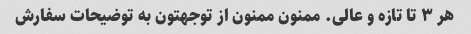
هر ۳ تا تازه و عالی. ممنون ممنون از توجهتون به توضیحات سفارش